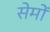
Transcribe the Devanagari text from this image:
सेमों